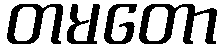
တမတော